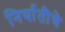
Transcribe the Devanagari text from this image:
निर्यातीचे